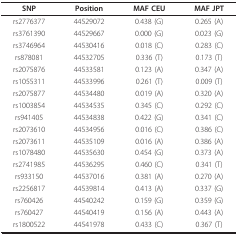
| SNP | Position | MAF CEU | MAF JPT |
 | --- | --- | --- | --- |
 | rs2776377 | 44529072 | 0.438 (G) | 0.265 (A) |
 | rs3761390 | 44529667 | 0.000 (G) | 0.023 (G) |
 | rs3746964 | 44530416 | 0.018 (C) | 0.283 (C) |
 | rs878081 | 44532705 | 0.336 (T) | 0.173 (T) |
 | rs2075876 | 44533581 | 0.123 (A) | 0.347 (A) |
 | rs1055311 | 44533996 | 0.261 (T) | 0.009 (T) |
 | rs2075877 | 44534480 | 0.019 (A) | 0.320 (A) |
 | rs1003854 | 44534535 | 0.345 (C) | 0.292 (C) |
 | rs941405 | 44534838 | 0.422 (G) | 0.341 (C) |
 | rs2073610 | 44534956 | 0.016 (C) | 0.386 (C) |
 | rs2073611 | 44535109 | 0.016 (A) | 0.386 (A) |
 | rs1078480 | 44535630 | 0.454 (G) | 0.373 (A) |
 | rs2741985 | 44536295 | 0.460 (C) | 0.341 (T) |
 | rs933150 | 44537016 | 0.381 (A) | 0.270 (A) |
 | rs2256817 | 44539814 | 0.413 (A) | 0.337 (G) |
 | rs760426 | 44540242 | 0.159 (G) | 0.359 (G) |
 | rs760427 | 44540419 | 0.156 (A) | 0.443 (A) |
 | rs1800522 | 44541978 | 0.433 (C) | 0.367 (T) |